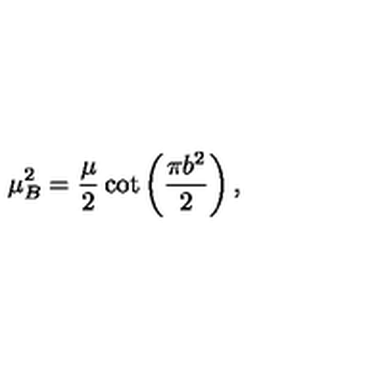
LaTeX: \mu _ { B } ^ { 2 } = \frac { \mu } { 2 } \cot \left( \frac { \pi b ^ { 2 } } { 2 } \right) ,